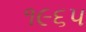
૧૯૬પ